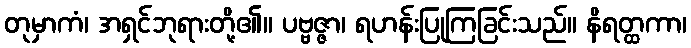
တုမှာကံ၊ အရှင်ဘုရားတို့၏။ ပဗ္ဗဇ္ဇာ၊ ရဟန်းပြုကြခြင်းသည်။ နိရတ္ထကာ၊